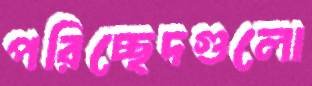
পরিচ্ছেদগুলো